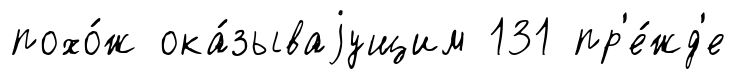
похо́ж ока́зываjущим 131 пр'е́жд'е